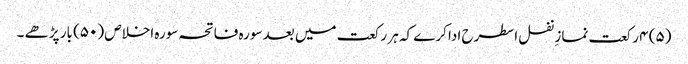
(۵) ۴ رکعت نمازِ نفل اسطرح ادا کرے کہ ہر رکعت میں بعد سورہ فاتحہ سورہ اخلاص (۵۰) بار پڑھے ۔